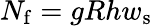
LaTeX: N_{\mathrm{f}}=gRhw_{\mathrm{s}}